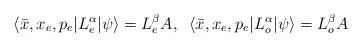
LaTeX: \begin{align*}\langle\bar{x},x_{e},p_{e}|L_{e}^{\alpha}|\psi\rangle=L_{e}^{\beta}A,\;\;\langle\bar{x},x_{e},p_{e}|L_{o}^{\alpha}|\psi\rangle=L_{o}^{\beta}A\end{align*}